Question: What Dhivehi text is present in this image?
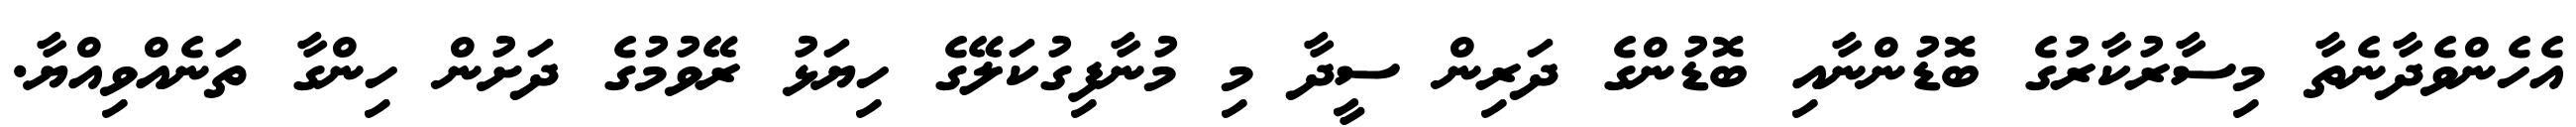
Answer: އެހެންވެދާނެތާ މިސާރުކާރުގެ ބޮޑުންނާއި ބޮޑުންގެ ދަރިން ސީދާ މި މުނާފިގުކަލޭގެ ހިޔަޅު ރޭވުމުގެ ދަށުން ހިންގާ ތަނެއްވިއްޔާ.